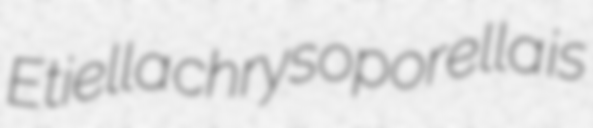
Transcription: Etiella chrysoporella is